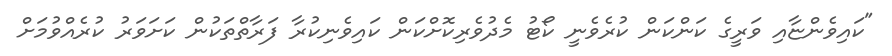
"ކައިވެންޏާއި ވަރީގެ ކަންކަން ކުރެވެނީ ކޯޓު މެދުވެރިކޮށްކަން ކައިވެނިކުރާ ފަރާތްތަކުން ކަށަވަރު ކުރެއްވުމަށް